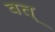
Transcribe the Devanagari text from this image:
वत्